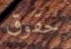
حقوق